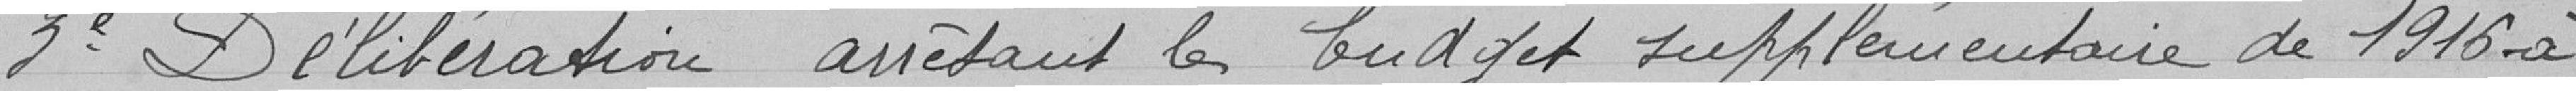
3e. Délibération arrêtant le budget supplémentaire de 1916 à